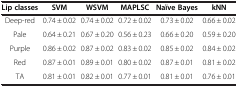
<table><thead><tr><td><b>Lip classes</b></td><td><b>SVM</b></td><td><b>WSVM</b></td><td><b>MAPLSC</b></td><td><b>Naïve Bayes</b></td><td><b>kNN</b></td></tr></thead><tbody><tr><td>Deep-red</td><td>0.74 ± 0.02</td><td>0.74 ± 0.02</td><td>0.72 ± 0.02</td><td>0.73 ± 0.02</td><td>0.66 ± 0.02</td></tr><tr><td>Pale</td><td>0.64 ± 0.21</td><td>0.67 ± 0.20</td><td>0.56 ± 0.23</td><td>0.66 ± 0.20</td><td>0.59 ± 0.20</td></tr><tr><td>Purple</td><td>0.86 ± 0.02</td><td>0.87 ± 0.02</td><td>0.83 ± 0.02</td><td>0.85 ± 0.02</td><td>0.84 ± 0.02</td></tr><tr><td>Red</td><td>0.87 ± 0.01</td><td>0.89 ± 0.01</td><td>0.80 ± 0.02</td><td>0.87 ± 0.01</td><td>0.81 ± 0.02</td></tr><tr><td>TA</td><td>0.81 ± 0.01</td><td>0.82 ± 0.01</td><td>0.77 ± 0.01</td><td>0.81 ± 0.01</td><td>0.76 ± 0.01</td></tr></tbody></table>